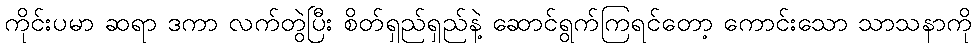
ကိုင်းပမာ ဆရာ ဒကာ လက်တွဲပြီး စိတ်ရှည်ရှည်နဲ့ ဆောင်ရွက်ကြရင်တော့ ကောင်းသော သာသနာကို